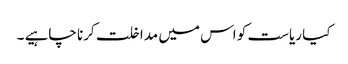
کیا ریاست کو اس میں مداخلت کرنا چاہیے ۔